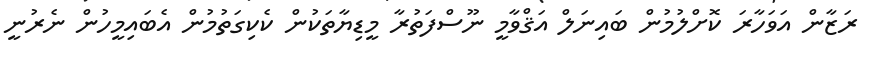
ރަޒާން އަވަހާރަ ކޮށްލުމުން ބައިނަލް އަޤްވާމީ ނޫސްފަތުރާ މީޑިޔާތަކުން ކެކިގަތުމުން އެބައިމީހުން ނެރުނީ